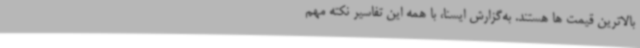
بالاترین قیمت ها هستند. به‌گزارش ایسنا، با همه این تفاسیر نکته مهم